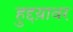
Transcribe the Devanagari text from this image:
हुद्दय़ावर